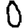
Digit: 0